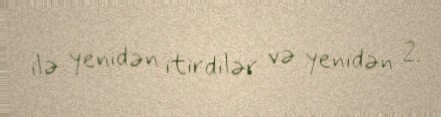
ilə yenidən itirdilər və yenidən 2.